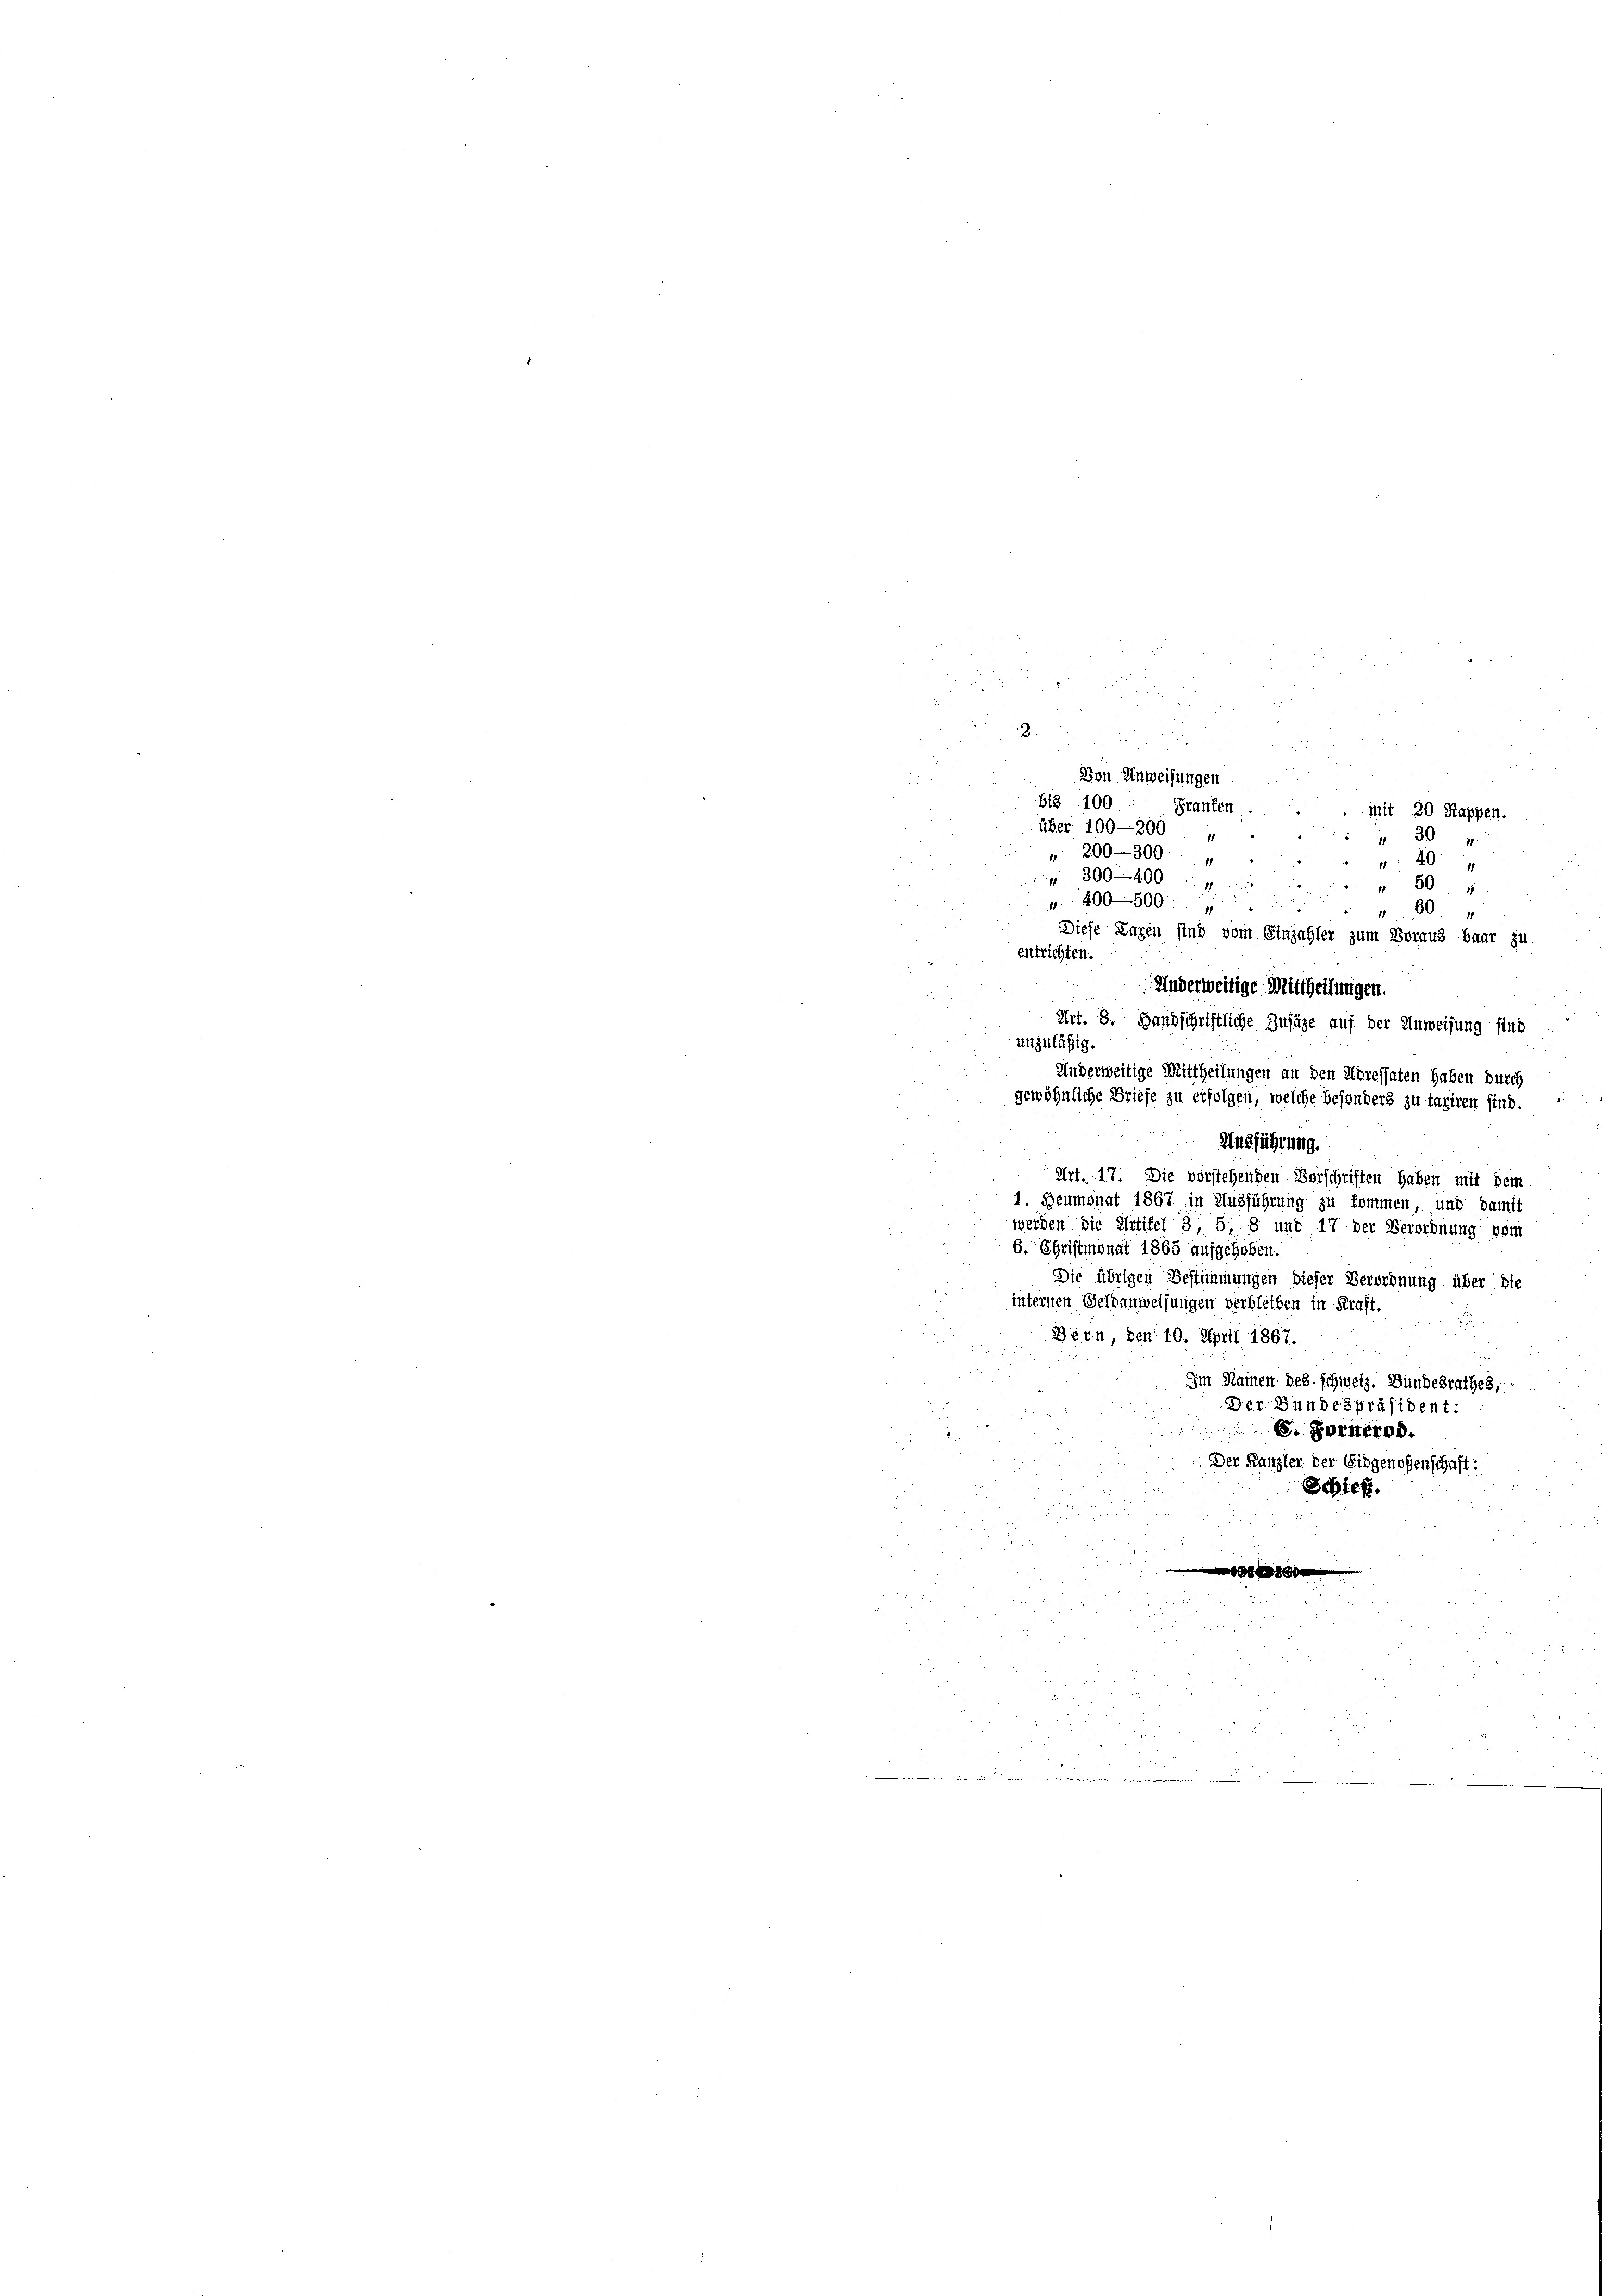
mit 20 Kappen.
30
1
1
20
1
300–400
504
11
400—500
1
60
19
Diese Laren sind vom Einzahler zum Voraus baar zu
entrichten.
Anderweitige Mittheilungen.
Art. 8. Handschriftliche Zusage auf der Anweisung find
unzuläßig.
Anderweitige Mittheilungen an den Adressaten haben durch
gewöhnliche Briefe zu erfolgen, welche besonders zu taxiren sind.
Ausführung.
 Art. 17. Die vorstehenden Vorschriften haben mit dem
1. Heumonat 1867 in Ausführung zu kommen, und damit
werden die Artikel 3, 5, 8 und 17 der Verordnung vom
6. Christmonat 1865 aufgehoben.
Die übrigen Bestimmungen dieser Verordnung über die
internen Geldanweisungen verbleiben in Kraft.
Bern, den 10. April 1867.
Im Namen des schweiz. Bundesrathes,
Der Bundespräsident:
E. Forsternd.
Der Kanzler der Eidgenoßenschaft:
Schieß.
00

2

n
Von Anweisungen.
B13 100
Franken
über 100-200 - „
" 200–300